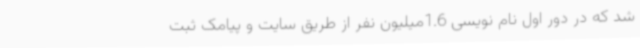
شد که در دور اول نام نویسی 1.6میلیون نفر از طریق سایت و پیامک ثبت